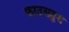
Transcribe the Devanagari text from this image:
फाउसतुस